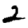
Digit: 2